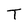
Character: T